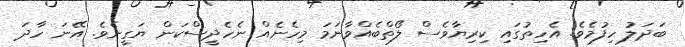
ބަދަލު ހިފުމެވެ. އެހިތުގައި ކިރިޔާވެސް ލޯތްބެއްވާނަމަ މިހެނެއް ނެހެދީސްކަން ޔަގީނެވެ. އޭނަ ހާދަ